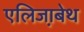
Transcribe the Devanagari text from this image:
एलिजा़बेथ